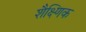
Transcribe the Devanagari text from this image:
शैक्ष्णिक